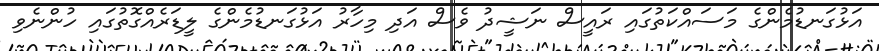
އަޅުގަނޑުމެންގެ މަސައްކަތުގައި ރައީސް ނަޝީދު ވެސް އަދި މިހާރު އަޅުގަނޑުމެންގެ ލީޑަރެއްގޮތުގައި ހުންނެވި